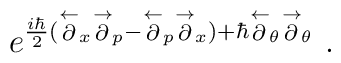
e^{{\frac{i\hbar }{2}}(\stackrel{\leftarrow }{\partial }_{x}\stackrel{\rightarrow }{\partial }_{p}-\stackrel{\leftarrow }{\partial }_{p}\stackrel{\rightarrow }{\partial }_{x}) +\hbar \stackrel{\leftarrow }{\partial }_{\theta}\stackrel{\rightarrow }{\partial }_{\theta}}~.